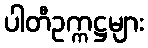
ပါတီဥက္ကဋ္ဌများ